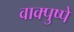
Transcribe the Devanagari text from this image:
वाक्पुष्पें